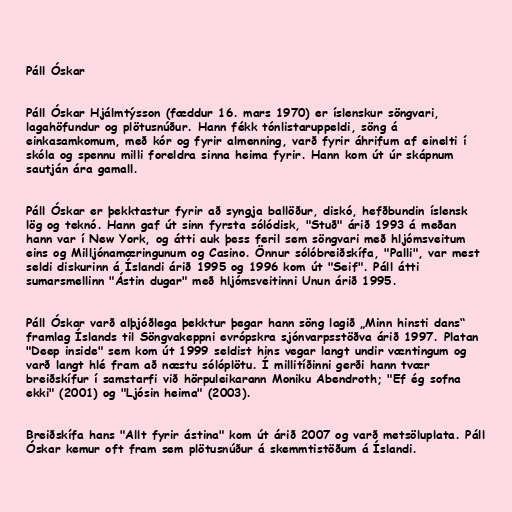
Páll Óskar

Páll Óskar Hjálmtýsson (fæddur 16. mars 1970) er íslenskur söngvari,
lagahöfundur og plötusnúður. Hann fékk tónlistaruppeldi, söng á
einkasamkomum, með kór og fyrir almenning, varð fyrir áhrifum af einelti í
skóla og spennu milli foreldra sinna heima fyrir. Hann kom út úr skápnum
sautján ára gamall.

Páll Óskar er þekktastur fyrir að syngja ballöður, diskó, hefðbundin íslensk
lög og teknó. Hann gaf út sinn fyrsta sólódisk, "Stuð" árið 1993 á meðan
hann var í New York, og átti auk þess feril sem söngvari með hljómsveitum
eins og Milljónamæringunum og Casino. Önnur sólóbreiðskífa, "Palli", var mest
seldi diskurinn á Íslandi árið 1995 og 1996 kom út "Seif". Páll átti
sumarsmellinn "Ástin dugar" með hljómsveitinni Unun árið 1995.

Páll Óskar varð alþjóðlega þekktur þegar hann söng lagið „Minn hinsti dans“
framlag Íslands til Söngvakeppni evrópskra sjónvarpsstöðva árið 1997. Platan
"Deep inside" sem kom út 1999 seldist hins vegar langt undir væntingum og
varð langt hlé fram að næstu sólóplötu. Í millitíðinni gerði hann tvær
breiðskífur í samstarfi við hörpuleikarann Moniku Abendroth; "Ef ég sofna
ekki" (2001) og "Ljósin heima" (2003).

Breiðskífa hans "Allt fyrir ástina" kom út árið 2007 og varð metsöluplata. Páll
Óskar kemur oft fram sem plötusnúður á skemmtistöðum á Íslandi.